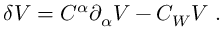
\delta V = C ^ { \alpha } { \partial } _ { \alpha } V - C _ { W } V ~ .